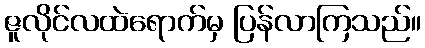
ဇူလိုင်လထဲရောက်မှ ပြန်လာကြသည်။